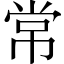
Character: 常